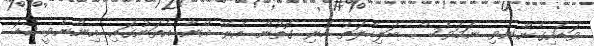
ވަޑައިގެންނެވި ނަމަވެސް ބަލިހާލަތު ހުރި ގޮތުން އެރޭ އޭނާ އެތަނުގައި އިންނެވީ ކުޑަ